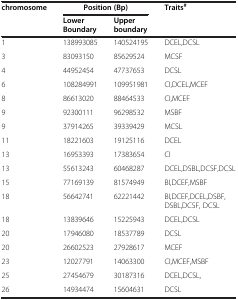
| chromosome | <COLSPAN=2> Position (Bp) | Traits# |
 |  | Lower Boundary | Upper boundary |  |
 | --- | --- | --- | --- |
 | 1 | 138993085 | 140524195 | DCEL,DCSL |
 | 3 | 83093150 | 85629524 | MCSF |
 | 4 | 44952454 | 47737653 | DCSL |
 | 6 | 108284991 | 109951981 | CI,DCEL,MCEF |
 | 8 | 86613020 | 88464533 | CI,MCEF |
 | 9 | 92300111 | 96298532 | MSBF |
 | 9 | 37914265 | 39339429 | MCSL |
 | 11 | 18221603 | 19125116 | DCEL |
 | 13 | 16953393 | 17383654 | CI |
 | 13 | 55613243 | 60468287 | DCEL,DSBL,DCSF,DCSL |
 | 15 | 77169139 | 81574949 | BI,DCEF,MSBF |
 | 18 | 56642741 | 62221442 | BI,DCEF,DCEL,DSBF,DSBL,DCSF, DCSL |
 | 18 | 13839646 | 15225943 | DCEL,DCSL |
 | 20 | 17946080 | 18537789 | DCSL |
 | 20 | 26602523 | 27928617 | MCEF |
 | 23 | 12027791 | 14063300 | CI,MCEF,MSBF |
 | 25 | 27454679 | 30187316 | DCEL,DCSL, |
 | 26 | 14934474 | 15604631 | DCSL |